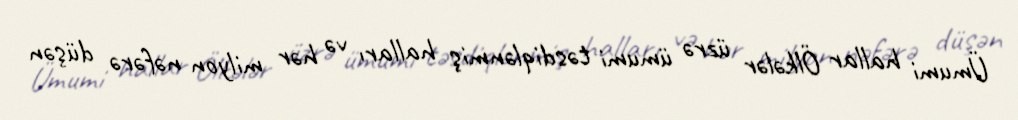
Ümumi hallar Ölkələr üzrə ümumi təsdiqlənmiş halları və hər milyon nəfərə düşən